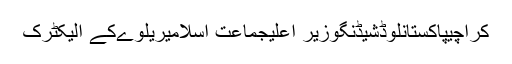
کراچیپاکستانلوڈشیڈنگوزیر اعلیٰجماعت اسلامیریلوےکے الیکٹرک